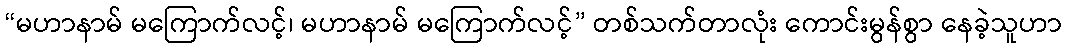
“မဟာနာမ် မကြောက်လင့်၊ မဟာနာမ် မကြောက်လင့်” တစ်သက်တာလုံး ကောင်းမွန်စွာ နေခဲ့သူဟာ